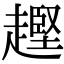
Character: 𧽡